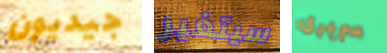
جيديون سيتغير سريرى